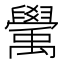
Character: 𥝊